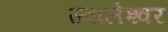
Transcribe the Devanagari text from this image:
ज्‍वालेश्‍वर